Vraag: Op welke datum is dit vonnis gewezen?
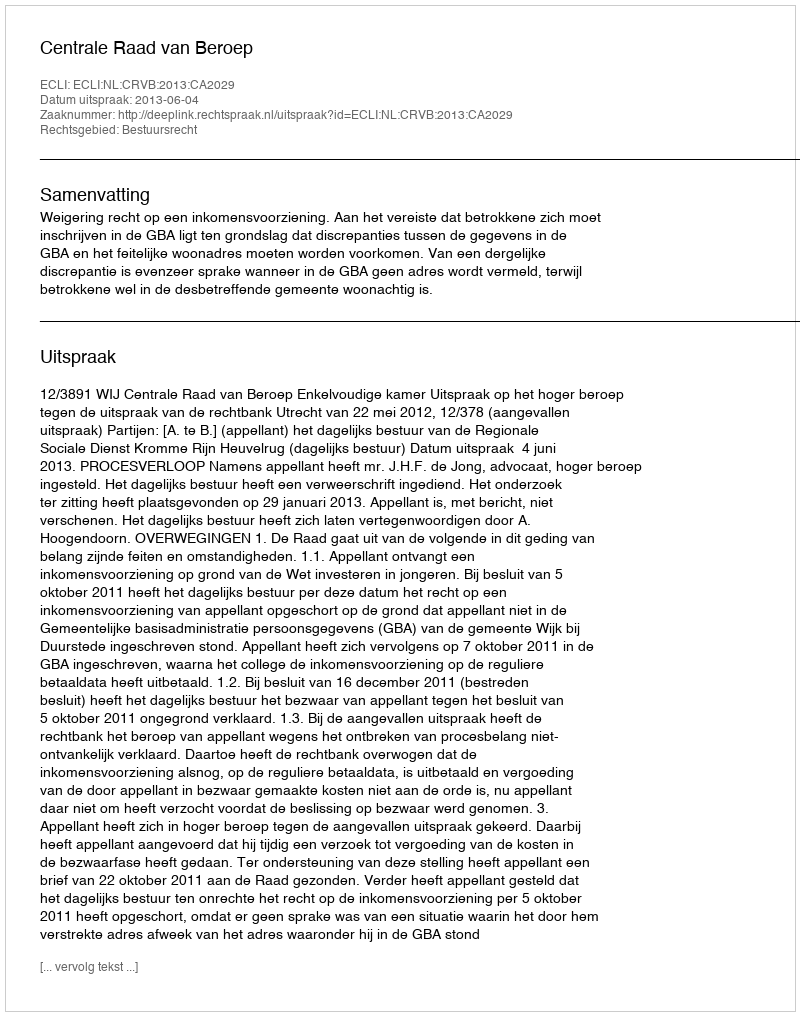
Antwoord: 2013-06-04